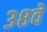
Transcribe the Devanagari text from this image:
३८वें